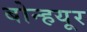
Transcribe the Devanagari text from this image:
बोन्हयूर